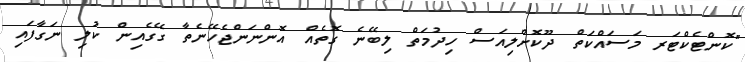
"ކޮންޓެކްޓަރ މަސައްކަތް ދޫކޮށްލިއަސް ހިދުމަތް ލިބޭނެ ގޮތެއް އޮންނަންޖެހޭނެތާ ގޭގެއިން ކުލި ނަގާފައި